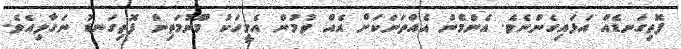
ފޮތިގަނޑެއް އަޅައިގެންނެވެ. އެންމެން އެއްތަނަކަށް އެއް ވުމުން އެމީހަކު މޫނުމަތިން ފޮތިގަނޑު ނަގާލިއެވެ.